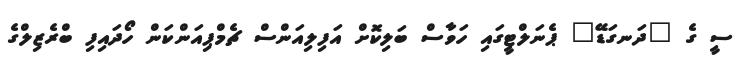
ސީ ގެ "ދަނގަޑޭ" ޕެނަލްޓީގައި ހަވާސް ބަލިކޮށް އަފިލިއަންސް ޗެމްޕިއަންކަން ހޯދައިފި ބްރެޒިލްގެ